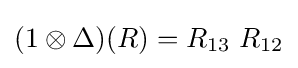
(1\otimes \Delta )(R)=R_{13}\ R_{12}